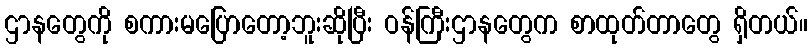
ဌာနတွေကို စကားမပြောတော့ဘူးဆိုပြီး ဝန်ကြီးဌာနတွေက စာထုတ်တာတွေ ရှိတယ်။